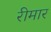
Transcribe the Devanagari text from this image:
रीमार